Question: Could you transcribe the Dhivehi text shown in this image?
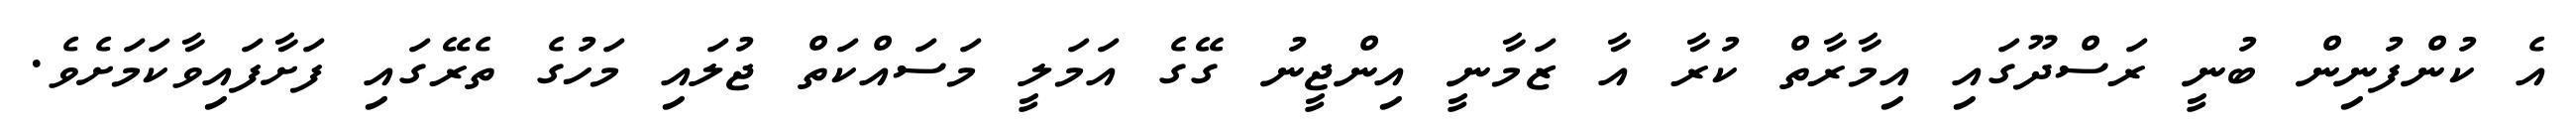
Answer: އެ ކުންފުނިން ބުނީ ރަސްދޫގައި އިމާރާތް ކުރާ އާ ޒަމާނީ އިންޖީނު ގޭގެ އަމަލީ މަސައްކަތް ޖުލައި މަހުގެ ތެރޭގައި ފަށާފައިވާކަމަށެވެ.